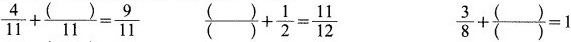
$$\frac{4}{11}+ \frac{()}{11}= \frac{9}{11}$$ $$\frac{()}{()}+ \frac{1}{2}= \frac{11}{12}$$ $$\frac{3}{8}+\frac{()}{()}=1$$